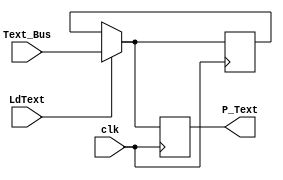
module register (LdText,clk,Text_Bus,P_Text);
    input LdText;
    input clk;
    input [127:0] Text_Bus;
    output reg [127:0] P_Text;
    reg [127:0] temp;
    always @(posedge clk) 
    begin
        if (LdText) begin
            P_Text <= Text_Bus;
            temp   <= Text_Bus; 
        end
        else begin
            P_Text <= temp;
        end
    end
endmodule